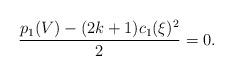
LaTeX: \begin{align*}\frac{p_1(V)-(2k+1)c_1(\xi)^2}{2}=0.\end{align*}